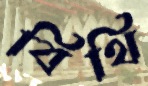
বিথি